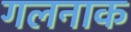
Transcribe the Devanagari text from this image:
गलनाक